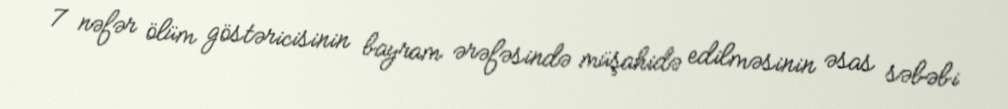
7 nəfər ölüm göstəricisinin bayram ərəfəsində müşahidə edilməsinin əsas səbəbi